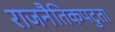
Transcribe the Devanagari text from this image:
राजनैतिकपटुता